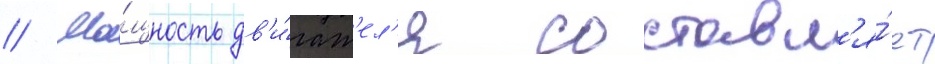
// Мо́щность дв'и́гат'ел'я составл'я́ет